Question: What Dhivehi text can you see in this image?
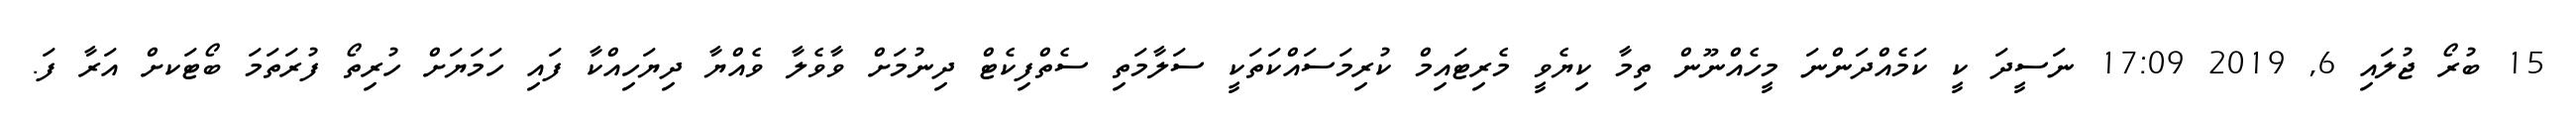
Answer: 15 ބުރޯ ޖުލައި 6, 2019 17:09 ނަސީދަ ކީ ކަމެއްދަންނަ މީހެއްނޫން ތިމާ ކިޔެވީ މެރިޓައިމް ކުރިމަސައްކަތަކީ ސަލާމަތި ސެތްފިކެޓް ދިނުމަށް ވާވެލާ ވެއްޔާ ދިޔަހިއްކާ ފައި ހަމަޔަށް ހުރިތޯ ފުރަތަމަ ބޯޓަކށް އަރާ ފަ.